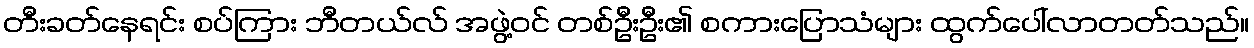
တီးခတ်နေရင်း စပ်ကြား ဘီတယ်လ် အဖွဲ့ဝင် တစ်ဦးဦး၏ စကားပြောသံများ ထွက်ပေါ်လာတတ်သည်။